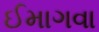
ઈમાગવા